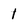
Character: 1